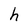
Character: h